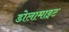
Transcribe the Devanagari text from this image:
डोलामाइट